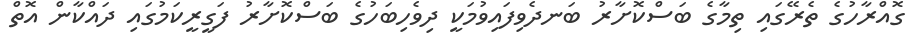
ގޮއްރާހުގެ ތެރޭގައި ތިމާގެ ބަސްކޮށާރު ބަނދެވިފައިވުމަކީ ދިވެހިބަހުގެ ބަސްކޮށާރު ފަގީރީކަމުގައި ދައްކާން އޮތް